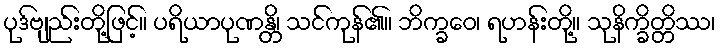
ပုဒ်ဗျည်းတို့ဖြင့်။ ပရိယာပုဏန္တိ၊ သင်ကုန်၏။ ဘိက္ခဝေ၊ ရဟန်းတို့။ သုနိက္ခိတ္တိဿ၊